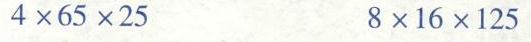
4\times65\times25 8\times16\times125